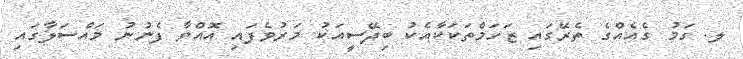
ލ. ގަމު ގެއެއްގެ ތެރޭގައި ޒަހަމްތަކަކާއެކު ބިދޭސީއަކު މަރުވެފައި އޮއްވާ ފެނުނު މައްސަލާގައި